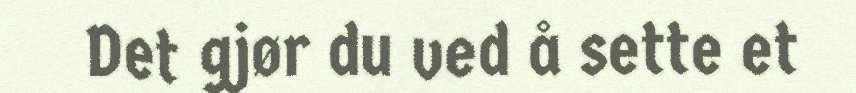
Det gjør du ved å sette et